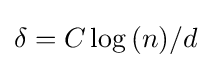
\delta =C\log {(n)}/d